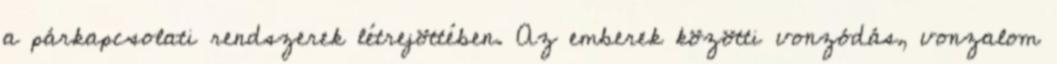
a párkapcsolati rendszerek létrejöttében. Az emberek közötti vonzódás, vonzalom